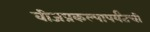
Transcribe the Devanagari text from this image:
वीजप्रकल्पापर्यंतची